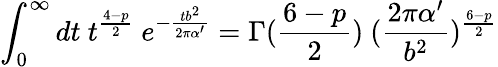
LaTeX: \int_{0}^{\infty}dt~t^{\frac{4-p}{2}}~e^{-{\frac{tb^{2}}{2\pi\alpha^{\prime}}}}=\Gamma({\frac{6-p}{2}})~({\frac{2\pi\alpha^{\prime}}{b^{2}}})^{\frac{6-p}{2}}